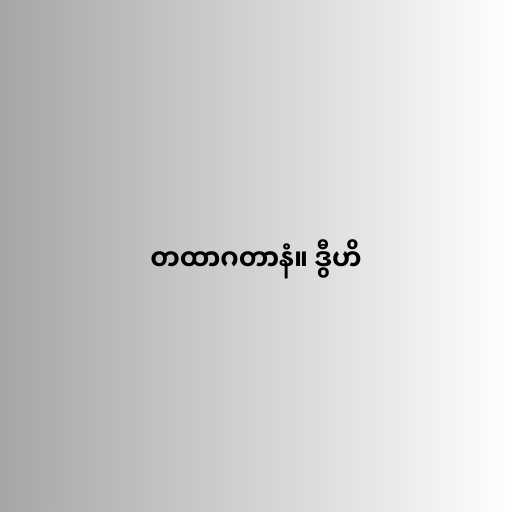
တထာဂတာနံ။ ဒွီဟိ